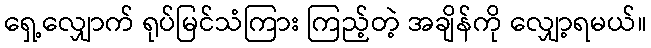
ရှေ့လျှောက် ရုပ်မြင်သံကြား ကြည့်တဲ့ အချိန်ကို လျှော့ရမယ်။